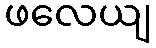
ဖလေယျ